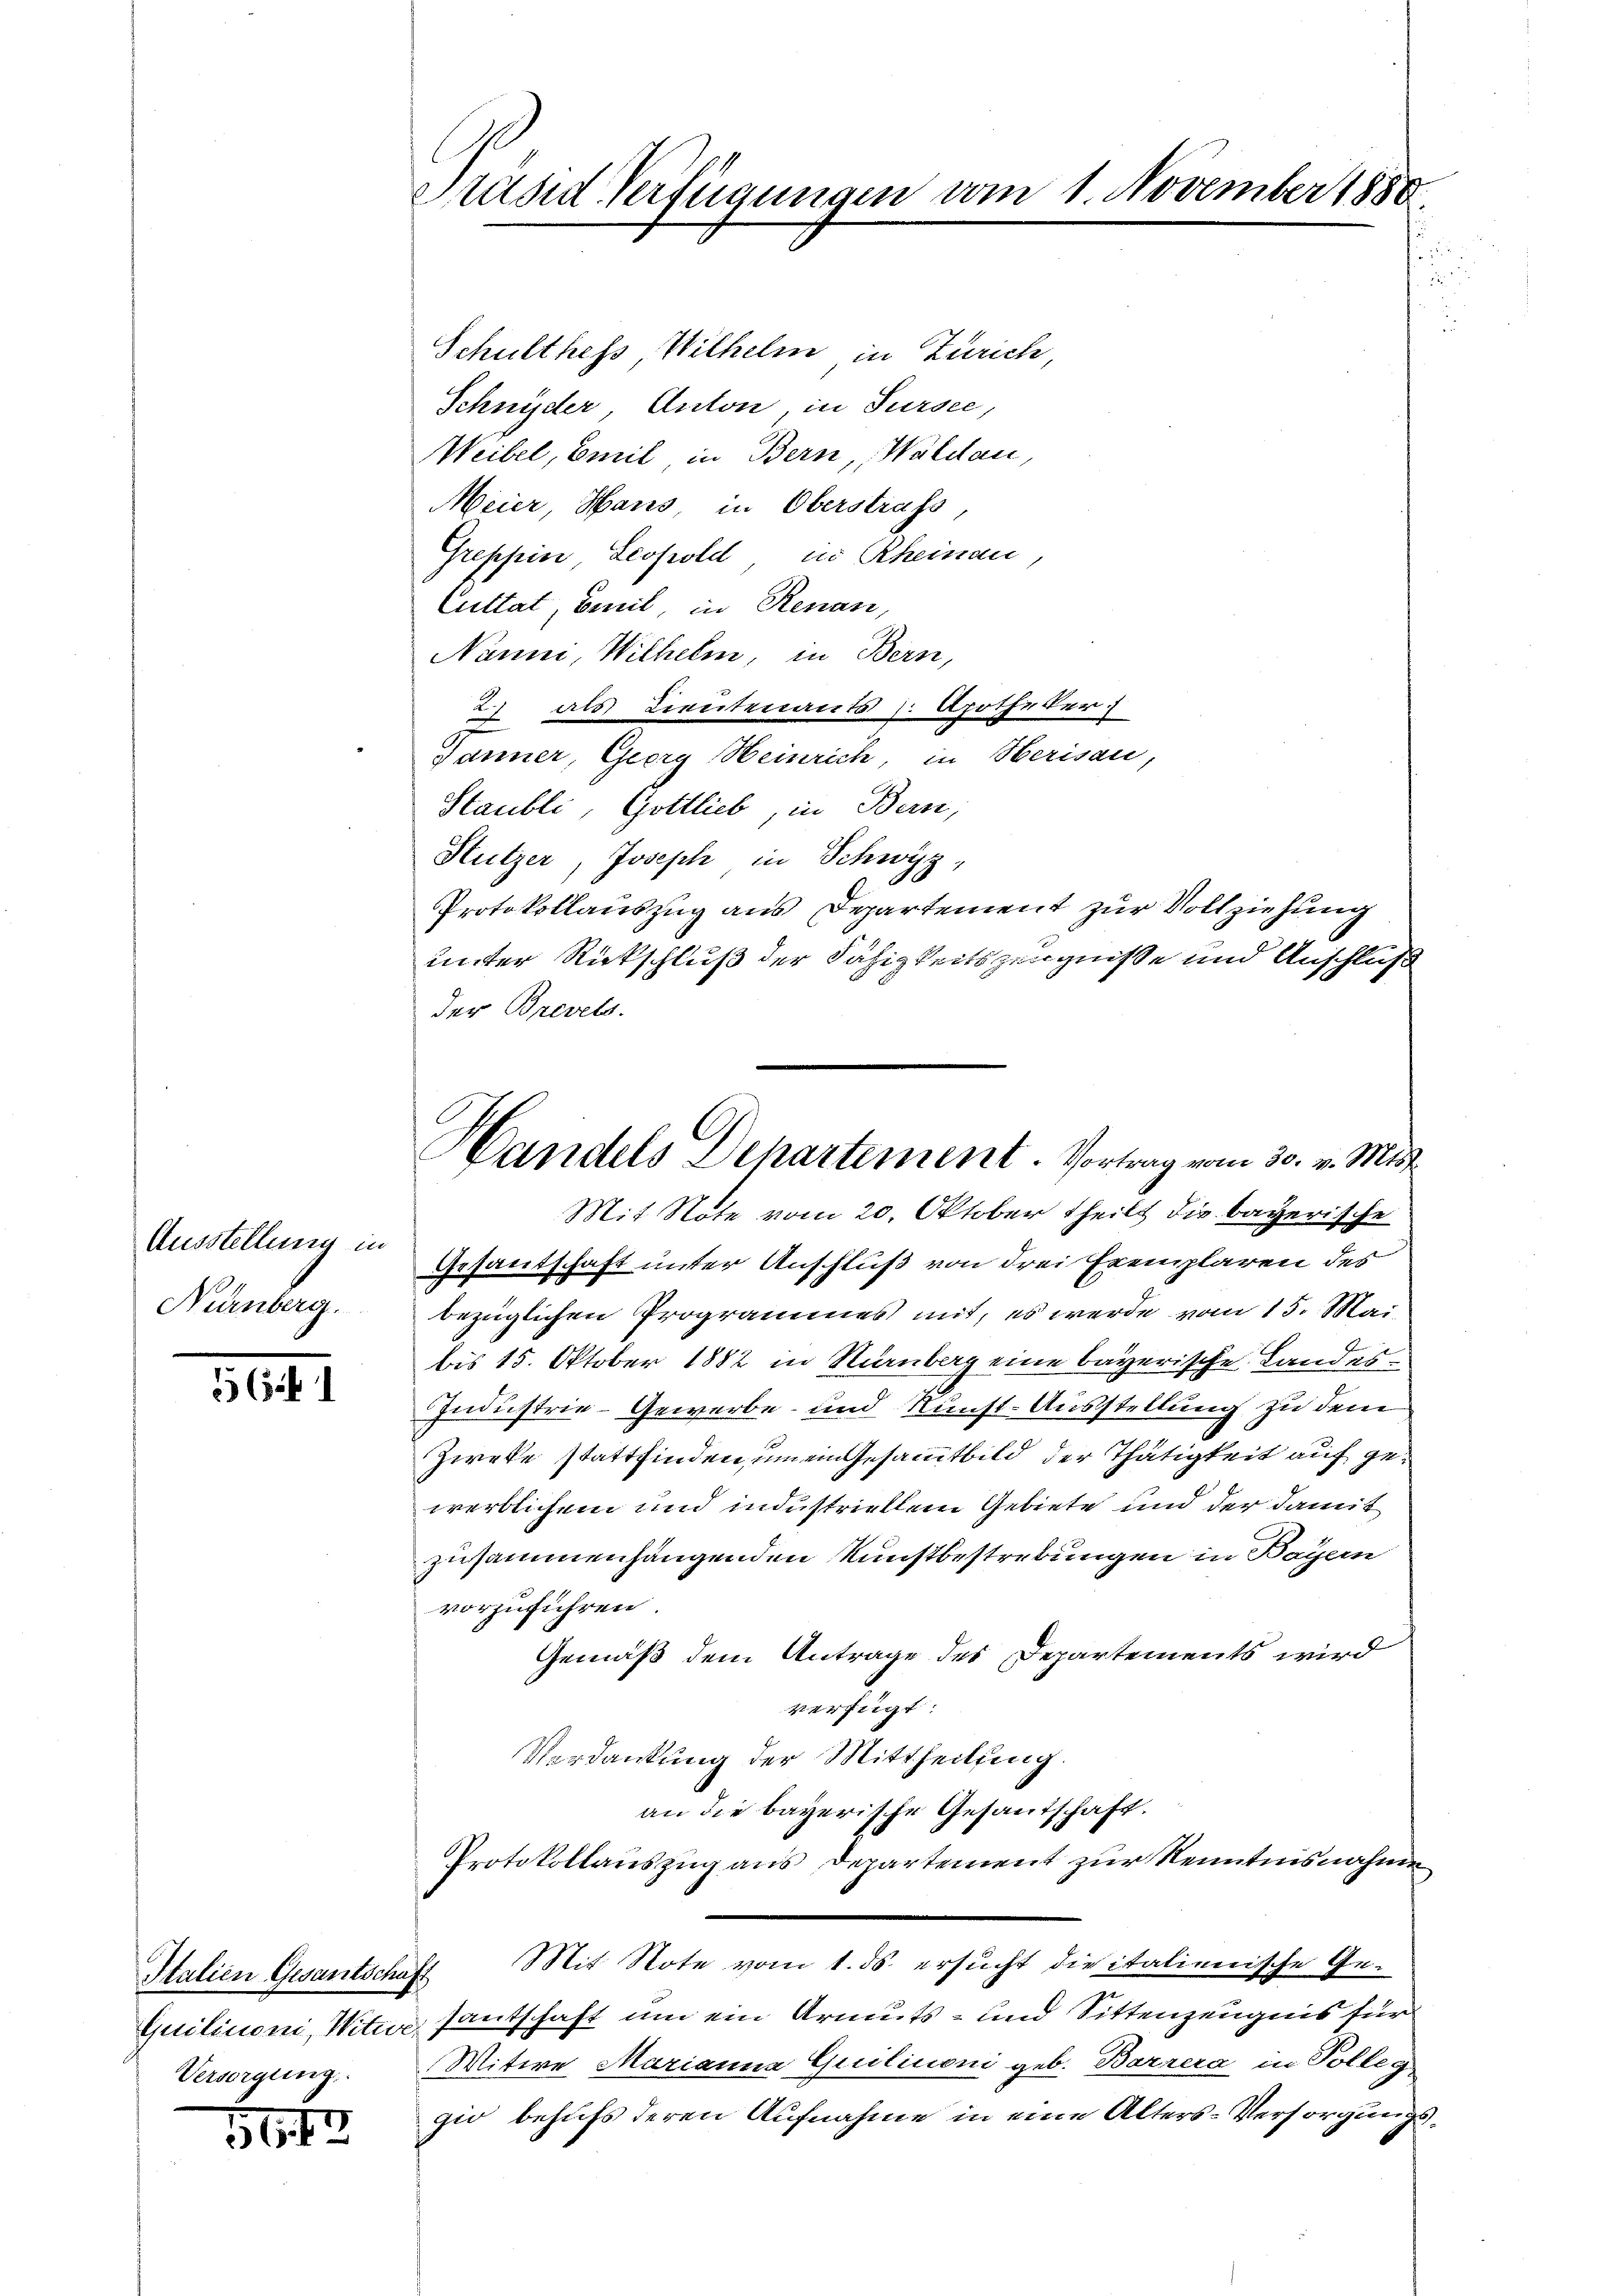
Ausstellung in
Nürnberg.

30

Italien Gesantschaft
Versorgung.

5112

Präsid Verfügungen vom 1. November 1888.

Schulthess, Wilhelm in Zürich,
Schnyder Anton, in Sursee,
Weibel, Emil, in Bern, Waldau,
Meier, Hans, in Oberstrafs
Greppin Leopold in Rheinau
Cuttat, Emil, in Renau,
Nanni, Wilhelm, in Bern,
2) als Lieutenants Apotheker
Jänner, Georg Heinrich, in Herisau,
Staubli, Gottlieb, in Bern,
Stutzer, Joseph in Schwyz,
Protokollauszug aus Departement zur Vollziehung
unter Rückschluß der Fähigkeitszeugnisse und Anschluß
der Brevets.
Gesantschaft unter Anschluß von drei Exemplaren des
bezüglichen Programmes mit, es werde vom 15. Mai
bis 15. Oktober 1882 in Nürnberg eine bayerische Landes¬
Industrie-Gewerbe- und Kunst-Ausstellung zu dem
Zweke stattfinden, in ein Gesammtbild der Thätigkeit auf gewerblichem und industriellem Gebiete und der damit
zusammenhängenden Kunstbestrebungen in Bayern
vorzuführen
Gemäß dem Antrage des Departements wird
verfügt:
Verdankung der Mittheilung.
an die bayerische Gesandschaft.
Protokollauszug aus Departement zur Kenntnisnahme
Mit Note vom 1. ds. ersucht die italienische Ge¬
Quiliuoni, Witwe santschaft um ein Armuts- und Sittenzeugnis für
Witwe Marianne Quilinoni geb. Barrera in Polleg
gio behufs deren Aufnahme in eine Alters-Versorgungs¬

Handels Departement. Vortrag vom 30. v. Mts.
Mit Note vom 20. Oktober theilt die bayerische